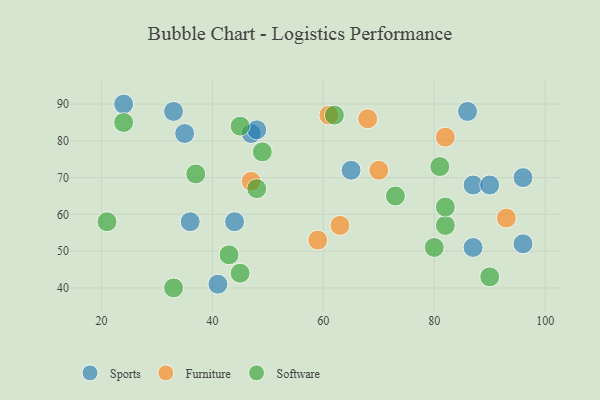
{"axis": {"x": "GDP", "y": "Life Expectancy"}, "legend": ["Furniture", "Software", "Sports"], "data": [{"x": "24", "y": 90, "type": "Sports"}, {"x": "86", "y": 88, "type": "Sports"}, {"x": "33", "y": 88, "type": "Sports"}, {"x": "47", "y": 82, "type": "Sports"}, {"x": "87", "y": 68, "type": "Sports"}, {"x": "90", "y": 68, "type": "Sports"}, {"x": "36", "y": 58, "type": "Sports"}, {"x": "44", "y": 58, "type": "Sports"}, {"x": "96", "y": 52, "type": "Sports"}, {"x": "41", "y": 41, "type": "Sports"}, {"x": "96", "y": 70, "type": "Sports"}, {"x": "48", "y": 83, "type": "Sports"}, {"x": "65", "y": 72, "type": "Sports"}, {"x": "35", "y": 82, "type": "Sports"}, {"x": "87", "y": 51, "type": "Sports"}, {"x": "93", "y": 59, "type": "Furniture"}, {"x": "61", "y": 87, "type": "Furniture"}, {"x": "47", "y": 69, "type": "Furniture"}, {"x": "63", "y": 57, "type": "Furniture"}, {"x": "82", "y": 81, "type": "Furniture"}, {"x": "68", "y": 86, "type": "Furniture"}, {"x": "59", "y": 53, "type": "Furniture"}, {"x": "70", "y": 72, "type": "Furniture"}, {"x": "90", "y": 43, "type": "Software"}, {"x": "33", "y": 40, "type": "Software"}, {"x": "48", "y": 67, "type": "Software"}, {"x": "81", "y": 73, "type": "Software"}, {"x": "73", "y": 65, "type": "Software"}, {"x": "49", "y": 77, "type": "Software"}, {"x": "24", "y": 85, "type": "Software"}, {"x": "21", "y": 58, "type": "Software"}, {"x": "62", "y": 87, "type": "Software"}, {"x": "80", "y": 51, "type": "Software"}, {"x": "43", "y": 49, "type": "Software"}, {"x": "37", "y": 71, "type": "Software"}, {"x": "45", "y": 44, "type": "Software"}, {"x": "45", "y": 84, "type": "Software"}, {"x": "82", "y": 57, "type": "Software"}, {"x": "82", "y": 62, "type": "Software"}]}